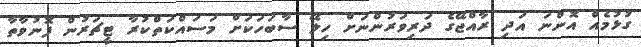
ގުޅުމެއް އޮންނަ އަދި ރާއްޖޭގެ ދަރިވަރުންނަށް ހިލޭ ސާބަހަކަށް މަސައްކަތްކުރާ ޓީޗަރުން ފޮނުވާތާ